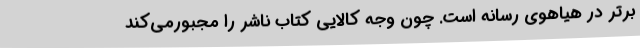
برتر در هیاهوی رسانه است. چون وجه کالایی کتاب ناشر را مجبورمی‌کند